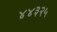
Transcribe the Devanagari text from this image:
४४३२५